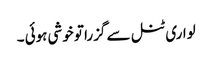
لواری ٹنل سے گزرا تو خوشی ہوئی ۔